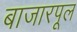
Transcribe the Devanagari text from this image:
बाजारपूल